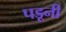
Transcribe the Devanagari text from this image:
पडूनी